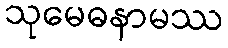
သုမေဓနာမဿ